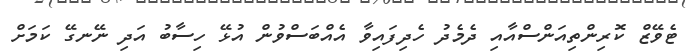
ޓެވޭޒް ކޮރިންތިއަންސްއާއި ދެމެދު ހެދިފައިވާ އެއްބަސްވުން އުޅޭ ހިސާބު އަދި ނޭނގޭ ކަމަށް